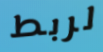
لربط